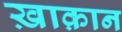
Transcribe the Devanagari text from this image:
ख़ाक़ान